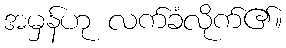
အမှန်ဟု လက်ခံလိုက်၏။